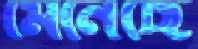
মেনেছে